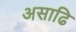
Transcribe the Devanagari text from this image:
असाढि